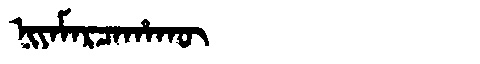
Manchu: ᠨᡳᠶᠠᠮᠠᡵᠴᠠᡥᠠᡴᡡ
Romanization: NIYAMARCAHAKŪ